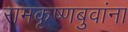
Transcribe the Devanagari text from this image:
रामकृष्णबुवांना